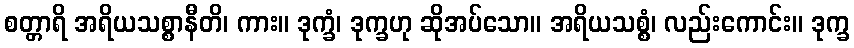
စတ္တာရိ အရိယသစ္စာနီတိ၊ ကား။ ဒုက္ခံ၊ ဒုက္ခဟု ဆိုအပ်သော။ အရိယသစ္စံ၊ လည်းကောင်း။ ဒုက္ခ